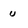
Character: u